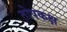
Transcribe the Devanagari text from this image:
तोपकक्ष